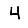
Digit: 4